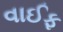
વાઈફ